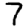
Digit: 7